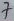
Text: 7